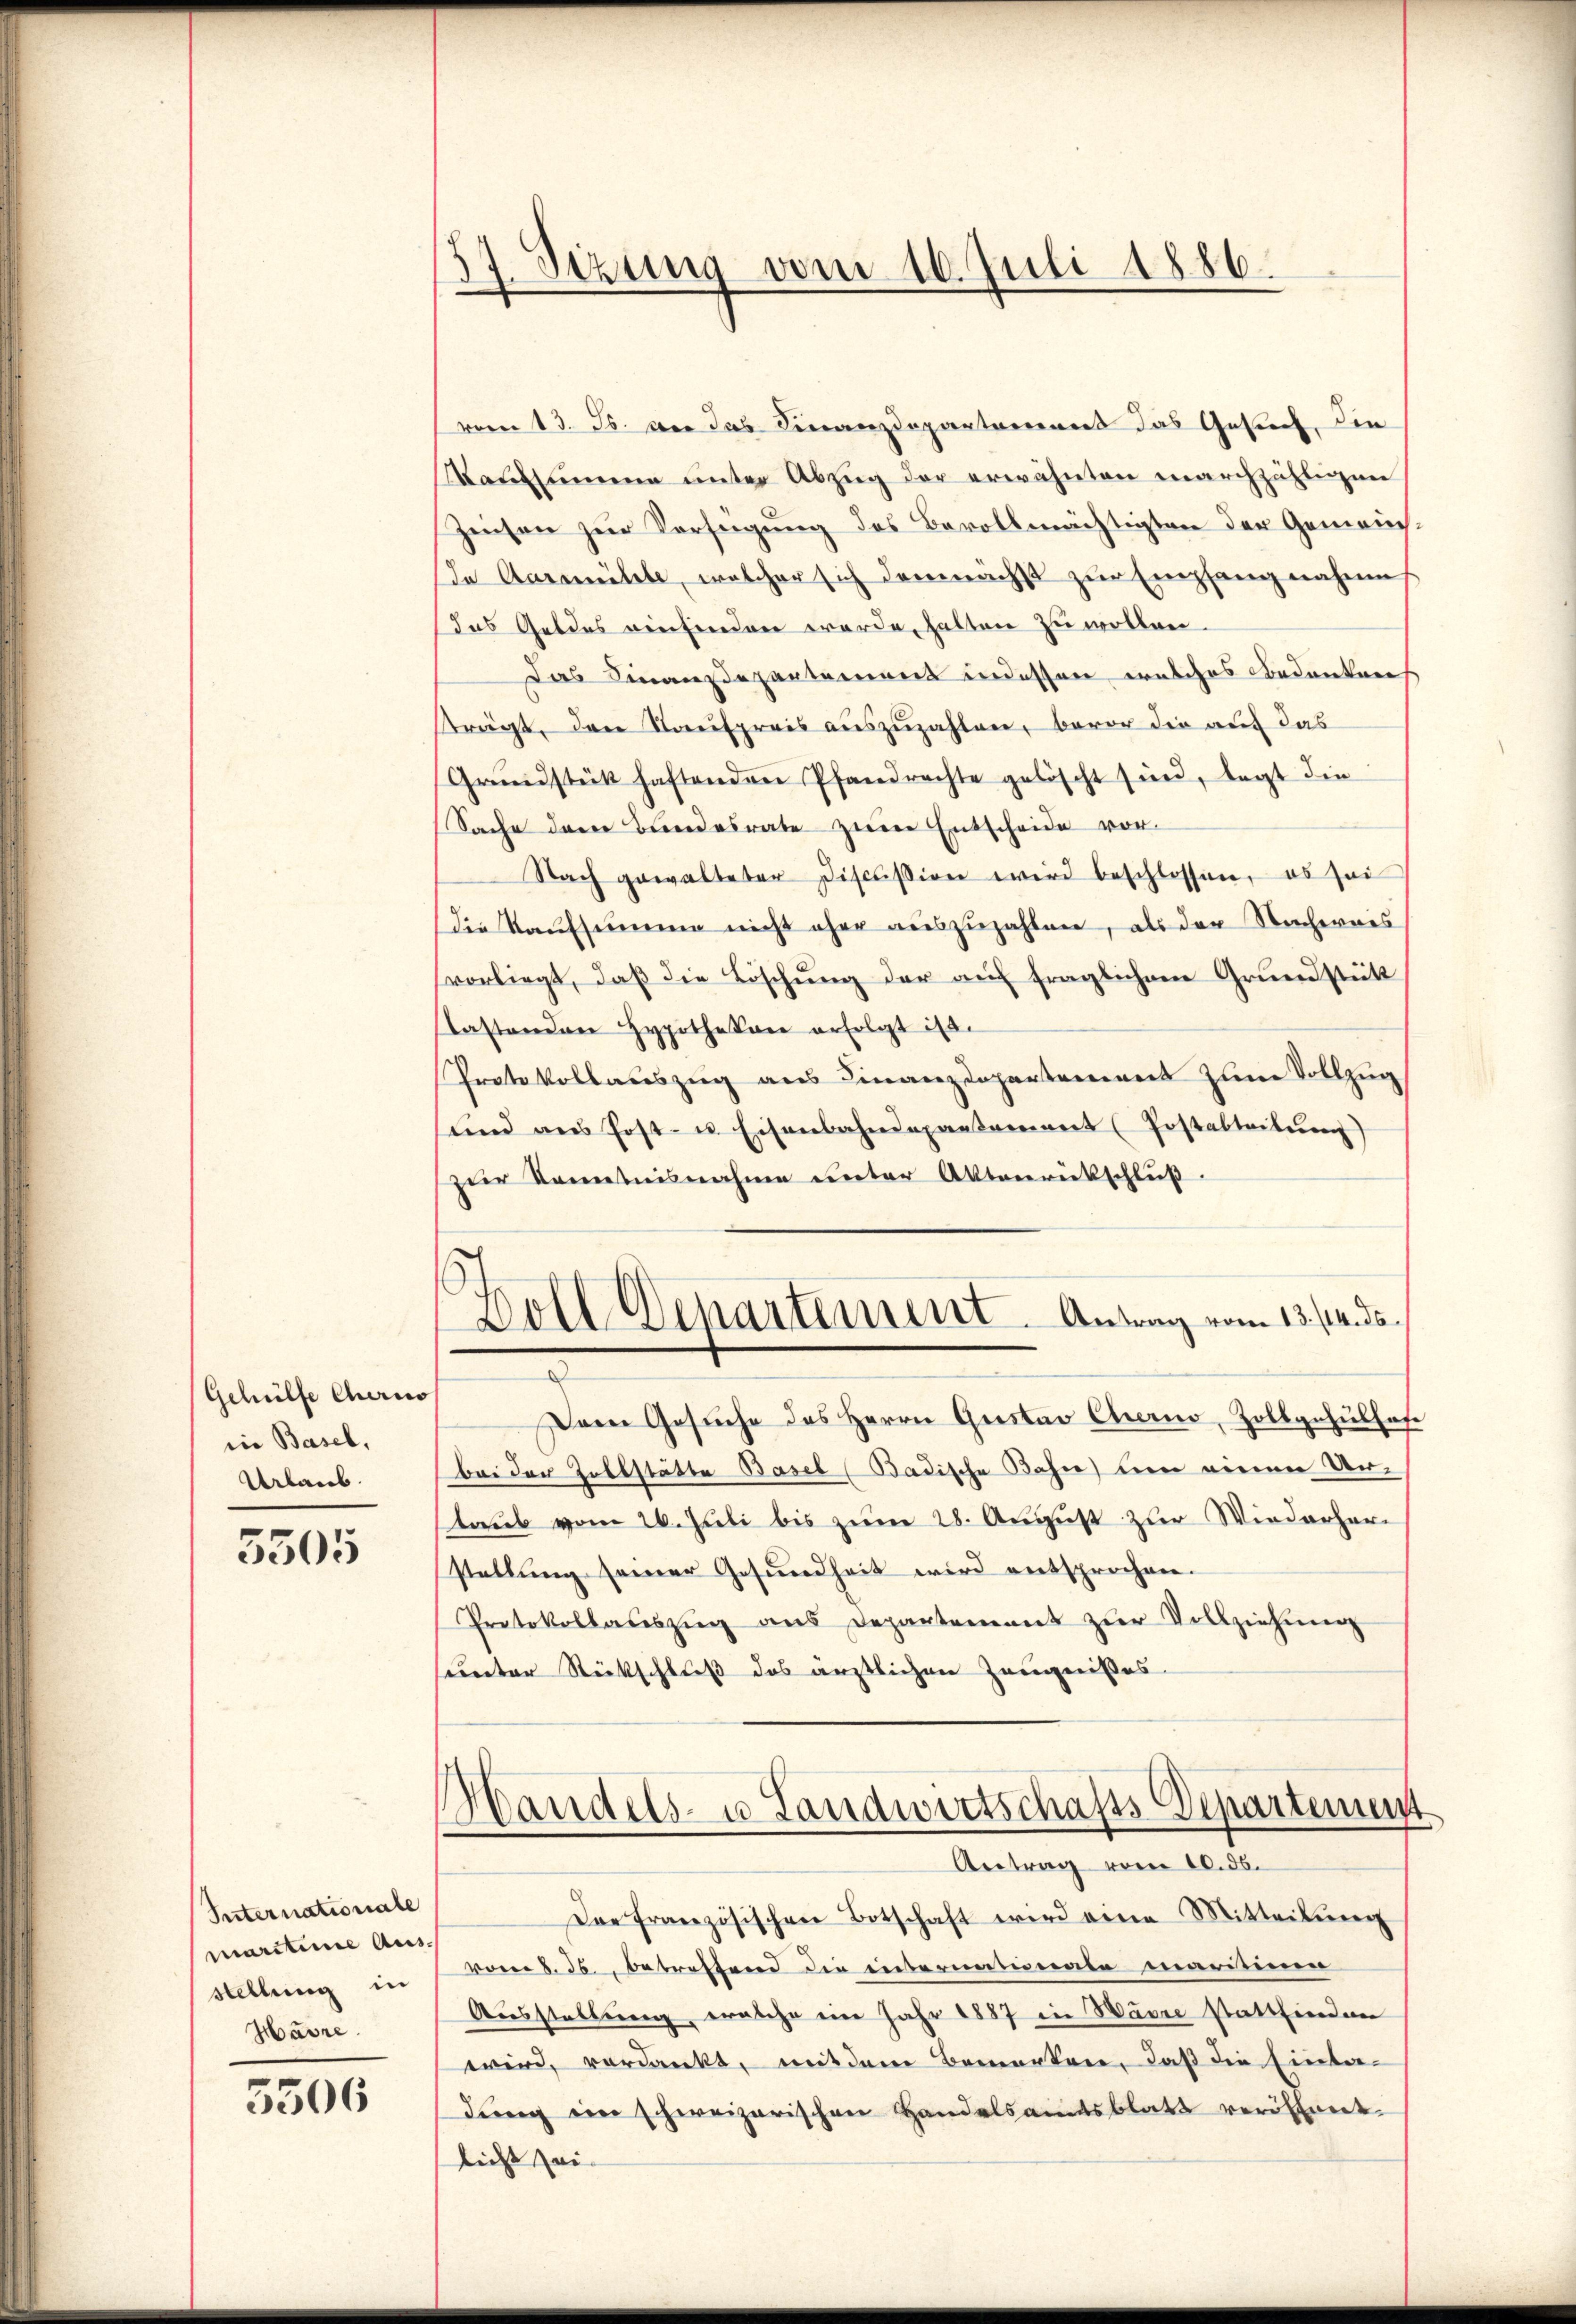
Gehülfe Cheris
die Basel,
Urlaub.

5505

Internationale
maritime Ausstellung in
Harre

5506

57. Sizung vom 10. Juli 1886.
|

vom 13. Js. vor das Finanzdepartamens das Gesuch, die
Manzsumme unter Abzug der erwähnten marchzähligen
Zinsen zur Verfügung des Bevollmächtigten der Gemeins¬
In Aarmühle, welcher sich demnachst zŭr Empfang nahme
das Geldes einfinden werde halten zu wollen.
Das Finanzdepartement indessen welches Bedanken
strägt, den Taufpreis auszuzahlen, bevor die auf das
Grŭndstück haftenden Pfandrechte gelöscht sind, legt die
Sache der Bundesrate zum Entscheide vor¬
Nach gewalteter Discission wird beschlossen, es sei
die Kaufsumme nicht ohne auszuzahlen, als der Nachernis
vorliegt, daβ die Löschŭng der aŭf fraglichen Grŭndstätt
Tastenden Hypothekar erfolgt ist.
Protokollauszug aus Finanzdepartement zum Vollzug
und aus host- u. Eisenbahndepartament (Postabteilŭng
zur Kenntnisnahme unter Aktenrückschluß.
s
Doll Departement. Antrag vom 13./14. ds.
Der Gesuche des Herrn Gustav Charno, Zollgehullose
bei der Zollstätte Basel (Badische Bahn um einen Urlaub vom 26. Juli bis zum 28. August zur Wiederherstellung seiner Gesŭndheit wird entsprochen.
Protokollaŭszŭg ans Departement zŭr Vollziehung
sunter Rückschluß des ärztlichen Zeugnißes
Handels- u. Landwirtschafts Departement
Antrag vom 10. ds.
Der Französischen Botschaft wird eine Mitteilŭng
vom 8. ds., betreffend die internationale maritie
Ausstellung, welche ein Jahr 1887 in Warne stattfinden
wird, verdankt, mit dem Bemerken, daß die Einter-
dung in schweizerischen Handelsamtsblatt veröffnet.
licht sei